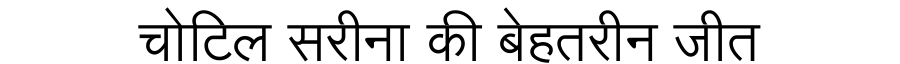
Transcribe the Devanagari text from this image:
चोटिल सरीना की बेहतरीन जीत